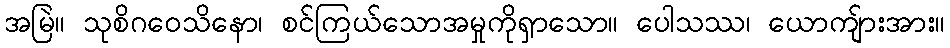
အမြဲ။ သုစိဂဝေသိနော၊ စင်ကြယ်သောအမှုကိုရှာသော။ ပေါသဿ၊ ယောကျ်ားအား။